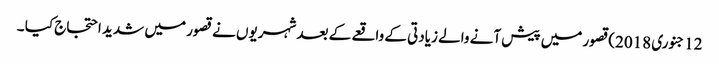
12جنوری 2018)قصور میں پیش آنے والے زیادتی کے واقعے کے بعد شہریوں نے قصور میں شدید احتجاج کیا ۔